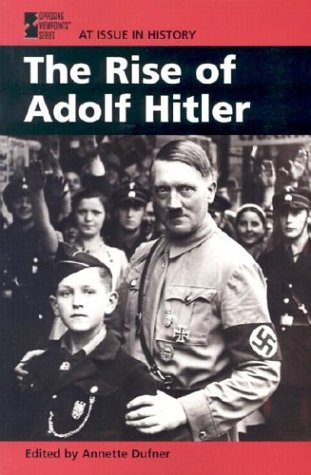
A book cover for The Rise of Adolf Hitler (At Issue); Annette Dufner; Teen & Young Adult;